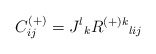
\begin{align*}C^{(+)}_{ij}=J^l{}_kR^{{(+)} k} {}_{lij} \end{align*}